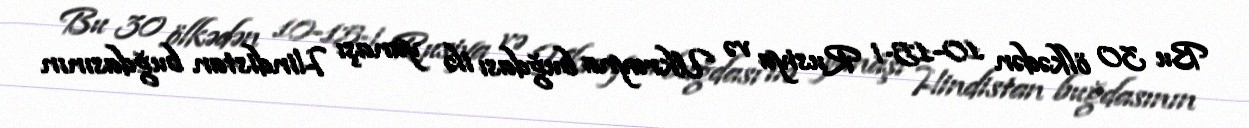
Bu 30 ölkədən 10-15-i Rusiya və Ukrayna buğdası ilə yanaşı Hindistan buğdasının